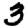
Digit: 3